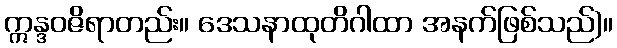
ဣန္ဒဝဇိရာတည်း။ ဒေသနာထုတိဂါထာ အနက်ဖြစ်သည်)။